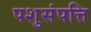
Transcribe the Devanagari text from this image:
पशुसंपत्ति